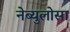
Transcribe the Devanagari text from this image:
नेब्युलोसा